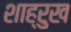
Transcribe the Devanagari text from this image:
शाह्रुख